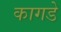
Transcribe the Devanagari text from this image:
कागडे